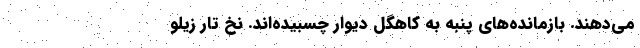
می‌دهند. بازمانده‌های پنبه به کاهگِل دیوار چسبیده‌اند. نخِ تارِ زیلو